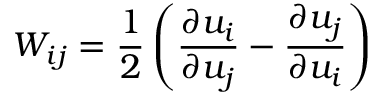
W _ { i j } = \frac { 1 } { 2 } \left( \frac { \partial u _ { i } } { \partial u _ { j } } - \frac { \partial u _ { j } } { \partial u _ { i } } \right)